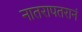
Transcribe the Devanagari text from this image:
नातरापतरानं